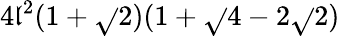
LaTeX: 4\mathfrak{l}^{2}(1+\sqrt{}{{2}})(1+\sqrt{}{{4-2\sqrt{}{{2}}}})